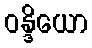
ဝန္ဒိယော